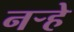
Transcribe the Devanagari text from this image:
नर्‍हे